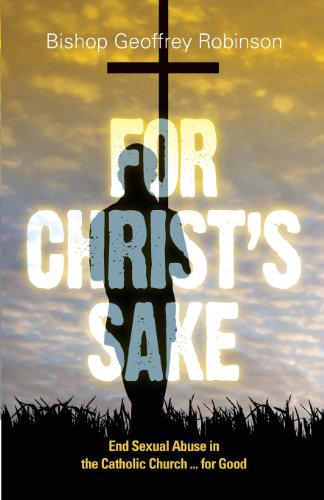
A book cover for For Christ's Sake: End Sexual Abuse in the Catholic Church... for Good; Geoffrey Robinson; Law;